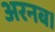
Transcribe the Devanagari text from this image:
अरनब।